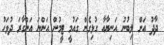
ދާދު އަށް ލިބުނު އަނިޔާއާ ގުޅިގެން ގައުމީ ޓީމުން އަންނަ އަންގާރަ ދުވަހު